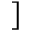
]